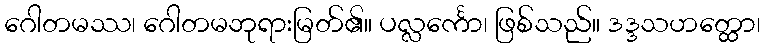
ဂေါတမဿ၊ ဂေါတမဘုရားမြတ်၏။ ပလ္လင်္ကော၊ ဖြစ်သည်။ ဒဒ္ဒသဟတ္ထော၊